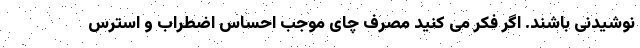
نوشیدنی باشند. اگر فکر می کنید مصرف چای موجب احساس اضطراب و استرس